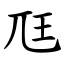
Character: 尫